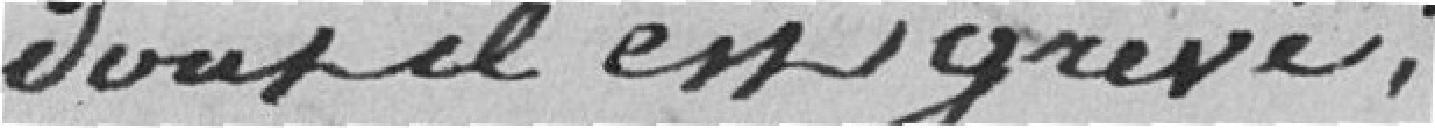
dont il est grèvé .